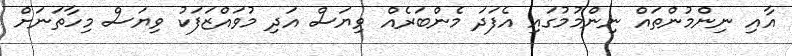
އާއި ނިންމުންތައް ނިންމުމުގައި އެފަދަ މެންބަރެއް ވިޔަސް އަދި މުވައްޒަފަކު ވިޔަސް މިހާތަނަށް